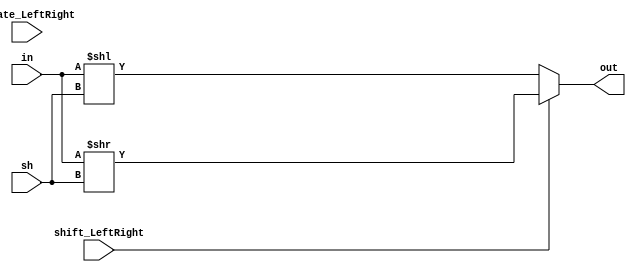
/* 
 * I use a part of code, writen by Dhaval Kaneria.
 * http://kaneriadhaval.blogspot.com/
 */


module barrel_shifter (in, sh, shift_LeftRight, rotate_LeftRight, out);

parameter n=31;

input [n:0] in;
input [4:0] sh;
input shift_LeftRight, rotate_LeftRight;
output reg [n:0] out;

/* 
 * @* means that changing of any signal, which is inside the "always" block 
 * leads to repeat the "always" block 
 */
always @*
begin
	if (~shift_LeftRight)
		out=in<<sh;		/* simple logic shift left  */
	else if (shift_LeftRight)
		out = in>>sh;		/* simple logic shift right */
	else
		begin
			case(sh)	/* cyclic shift 	    */
				5'b00001:
				out= (~rotate_LeftRight) ? {in[n-1:0],in[n]}:{in[0],in[n:1]};
				5'b00010:
				out= (~rotate_LeftRight) ? {in[n-2:0],in[n:n-1]}:{in[1:0],in[n:2]};
				5'b00011:
				out= (~rotate_LeftRight) ? {in[n-3:0],in[n:n-2]}:{in[2:0],in[n:3]};
				5'b00100:
				out= (~rotate_LeftRight) ? {in[n-4:0],in[n:n-3]}:{in[3:0],in[n:4]};
				5'b00101:
				out= (~rotate_LeftRight) ? {in[n-5:0],in[n:n-4]}:{in[4:0],in[n:5]};
				5'b00110:
				out= (~rotate_LeftRight) ? {in[n-6:0],in[n:n-5]}:{in[5:0],in[n:6]};
				5'b00111:
				out= (~rotate_LeftRight) ? {in[n-7:0],in[n:n-6]}:{in[6:0],in[n:7]};
				5'b01000:
				out= (~rotate_LeftRight) ? {in[n-8:0],in[n:n-7]}:{in[7:0],in[n:8]};
				5'b01001:
				out= (~rotate_LeftRight) ? {in[n-9:0],in[n:n-8]}:{in[8:0],in[n:9]};
				5'b01010:
				out= (~rotate_LeftRight) ? {in[n-10:0],in[n:n-9]}:{in[9:0],in[n:10]};
				5'b01011:
				out= (~rotate_LeftRight) ? {in[n-11:0],in[n:n-10]}:{in[10:0],in[n:11]};
				5'b01100:
				out= (~rotate_LeftRight) ? {in[n-12:0],in[n:n-11]}:{in[11:0],in[n:12]};
				5'b01101:
				out= (~rotate_LeftRight) ? {in[n-13:0],in[n:n-12]}:{in[12:0],in[n:13]};
				5'b01110:
				out= (~rotate_LeftRight) ? {in[n-14:0],in[n:n-13]}:{in[13:0],in[n:14]};
				5'b01111:
				out= (~rotate_LeftRight) ? {in[n-15:0],in[n:n-14]}:{in[14:0],in[n:15]};
				5'b10000:
				out= (~rotate_LeftRight) ? {in[n-16:0],in[n:n-15]}:{in[15:0],in[n:16]};
				5'b10001:
				out= (~rotate_LeftRight) ? {in[n-17:0],in[n:n-16]}:{in[16:0],in[n:17]};
				5'b10010:
				out= (~rotate_LeftRight) ? {in[n-18:0],in[n:n-17]}:{in[17:0],in[n:18]};
				5'b10011:
				out= (~rotate_LeftRight) ? {in[n-19:0],in[n:n-18]}:{in[18:0],in[n:19]};
				5'b10100:
				out= (~rotate_LeftRight) ? {in[n-20:0],in[n:n-19]}:{in[19:0],in[n:20]};
				5'b10101:
				out= (~rotate_LeftRight) ? {in[n-21:0],in[n:n-20]}:{in[20:0],in[n:21]};
				5'b10110:
				out= (~rotate_LeftRight) ? {in[n-22:0],in[n:n-21]}:{in[21:0],in[n:22]};
				5'b10111:
				out= (~rotate_LeftRight) ? {in[n-23:0],in[n:n-22]}:{in[22:0],in[n:23]};
				5'b11000:
				out= (~rotate_LeftRight) ? {in[n-24:0],in[n:n-23]}:{in[23:0],in[n:24]};
				5'b11001:
				out= (~rotate_LeftRight) ? {in[n-25:0],in[n:n-24]}:{in[24:0],in[n:25]};
				5'b11010:
				out= (~rotate_LeftRight) ? {in[n-26:0],in[n:n-25]}:{in[25:0],in[n:26]};
				5'b11011:
				out= (~rotate_LeftRight) ? {in[n-27:0],in[n:n-26]}:{in[26:0],in[n:27]};
				5'b11100:
				out= (~rotate_LeftRight) ? {in[n-28:0],in[n:n-27]}:{in[27:0],in[n:28]};
				5'b11101:
				out= (~rotate_LeftRight) ? {in[n-29:0],in[n:n-28]}:{in[28:0],in[n:29]};
				5'b11110:
				out= (~rotate_LeftRight) ? {in[n-30:0],in[n:n-29]}:{in[29:0],in[n:30]};
				5'b11111:
				out= (~rotate_LeftRight) ? {in[n-31:0],in[n:n-30]}:{in[30:0],in[n:31]};

				default:
				out=in;
			endcase
		end
	
end
endmodule